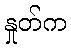
နှုတ်က